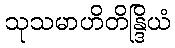
သုသမာဟိတိန္ဒြိယံ